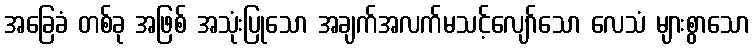
အခြေခံ တစ်ခု အဖြစ် အသုံးပြုသော အချက်အလက်မသင့်လျော်သော လေသံ များစွာသော